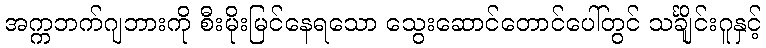
အက္ကဘက်ဂျဘားကို စီးမိုးမြင်နေရသော သွေးဆောင်တောင်ပေါ်တွင် သင်္ချိုင်းဂူနှင့်